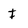
Character: I